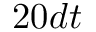
2 0 d t